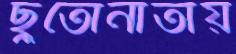
ছুতোনাতায়